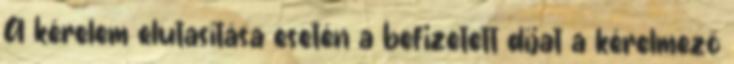
A kérelem elutasítása esetén a befizetett díjat a kérelmező